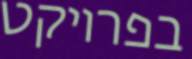
בפרויקט